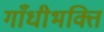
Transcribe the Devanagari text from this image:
गाँधीभक्ति